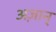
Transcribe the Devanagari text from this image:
अज़ान्